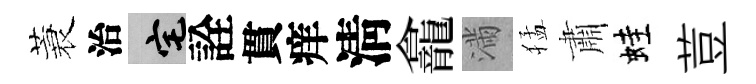
蓑治宅詮貫痒淸龕滿猛肅蛙荳